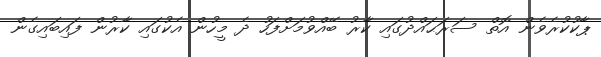
ޕާކުކުރެވެން އޮތް ސަރަޙައްދުގައި ކާރު ބޭއްވުމަށްފަހު ދެ މީހުން އެކުގައި ކާރުން ފައިބައިގެން